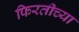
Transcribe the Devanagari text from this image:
फिरतीच्या